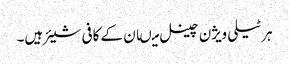
ہر ٹیلی ویژن چینل میںان کے کافی شیئر ہیں۔